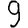
Digit: 9